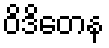
ဝိဒိတေန